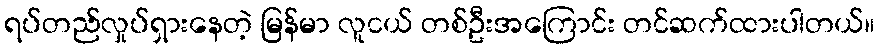
ရပ်တည်လှုပ်ရှားနေတဲ့ မြန်မာ လူငယ် တစ်ဦးအကြောင်း တင်ဆက်ထားပါတယ်။